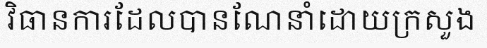
វិធានការដែលបានណែនាំដោយក្រសួង